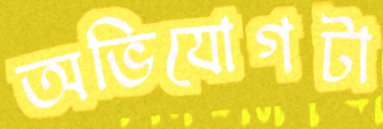
অভিযোগটা